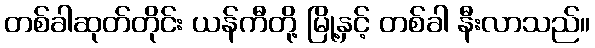
တစ်ခါဆုတ်တိုင်း ယန်ကီတို့ မြို့နှင့် တစ်ခါ နီးလာသည်။